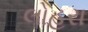
લોહરા